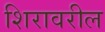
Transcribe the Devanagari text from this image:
शिरावरील